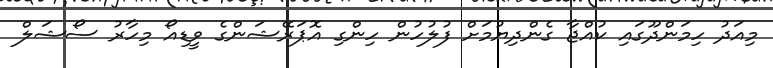
މިއަދު ހިމަންދޫގައި ކުއްޖާ ގެންދިޔުމަށް ފުލުހުން ހިންގި އޮޕަރޭޝަންގެ ވީޑިއޯ މިހާރު ސޯޝަލް